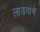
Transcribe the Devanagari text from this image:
लाडवांचे